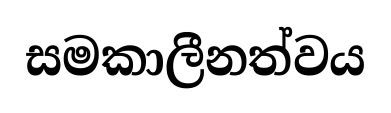
සමකාලීනත්වය